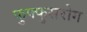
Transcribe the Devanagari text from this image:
फुफ्फुसरोग